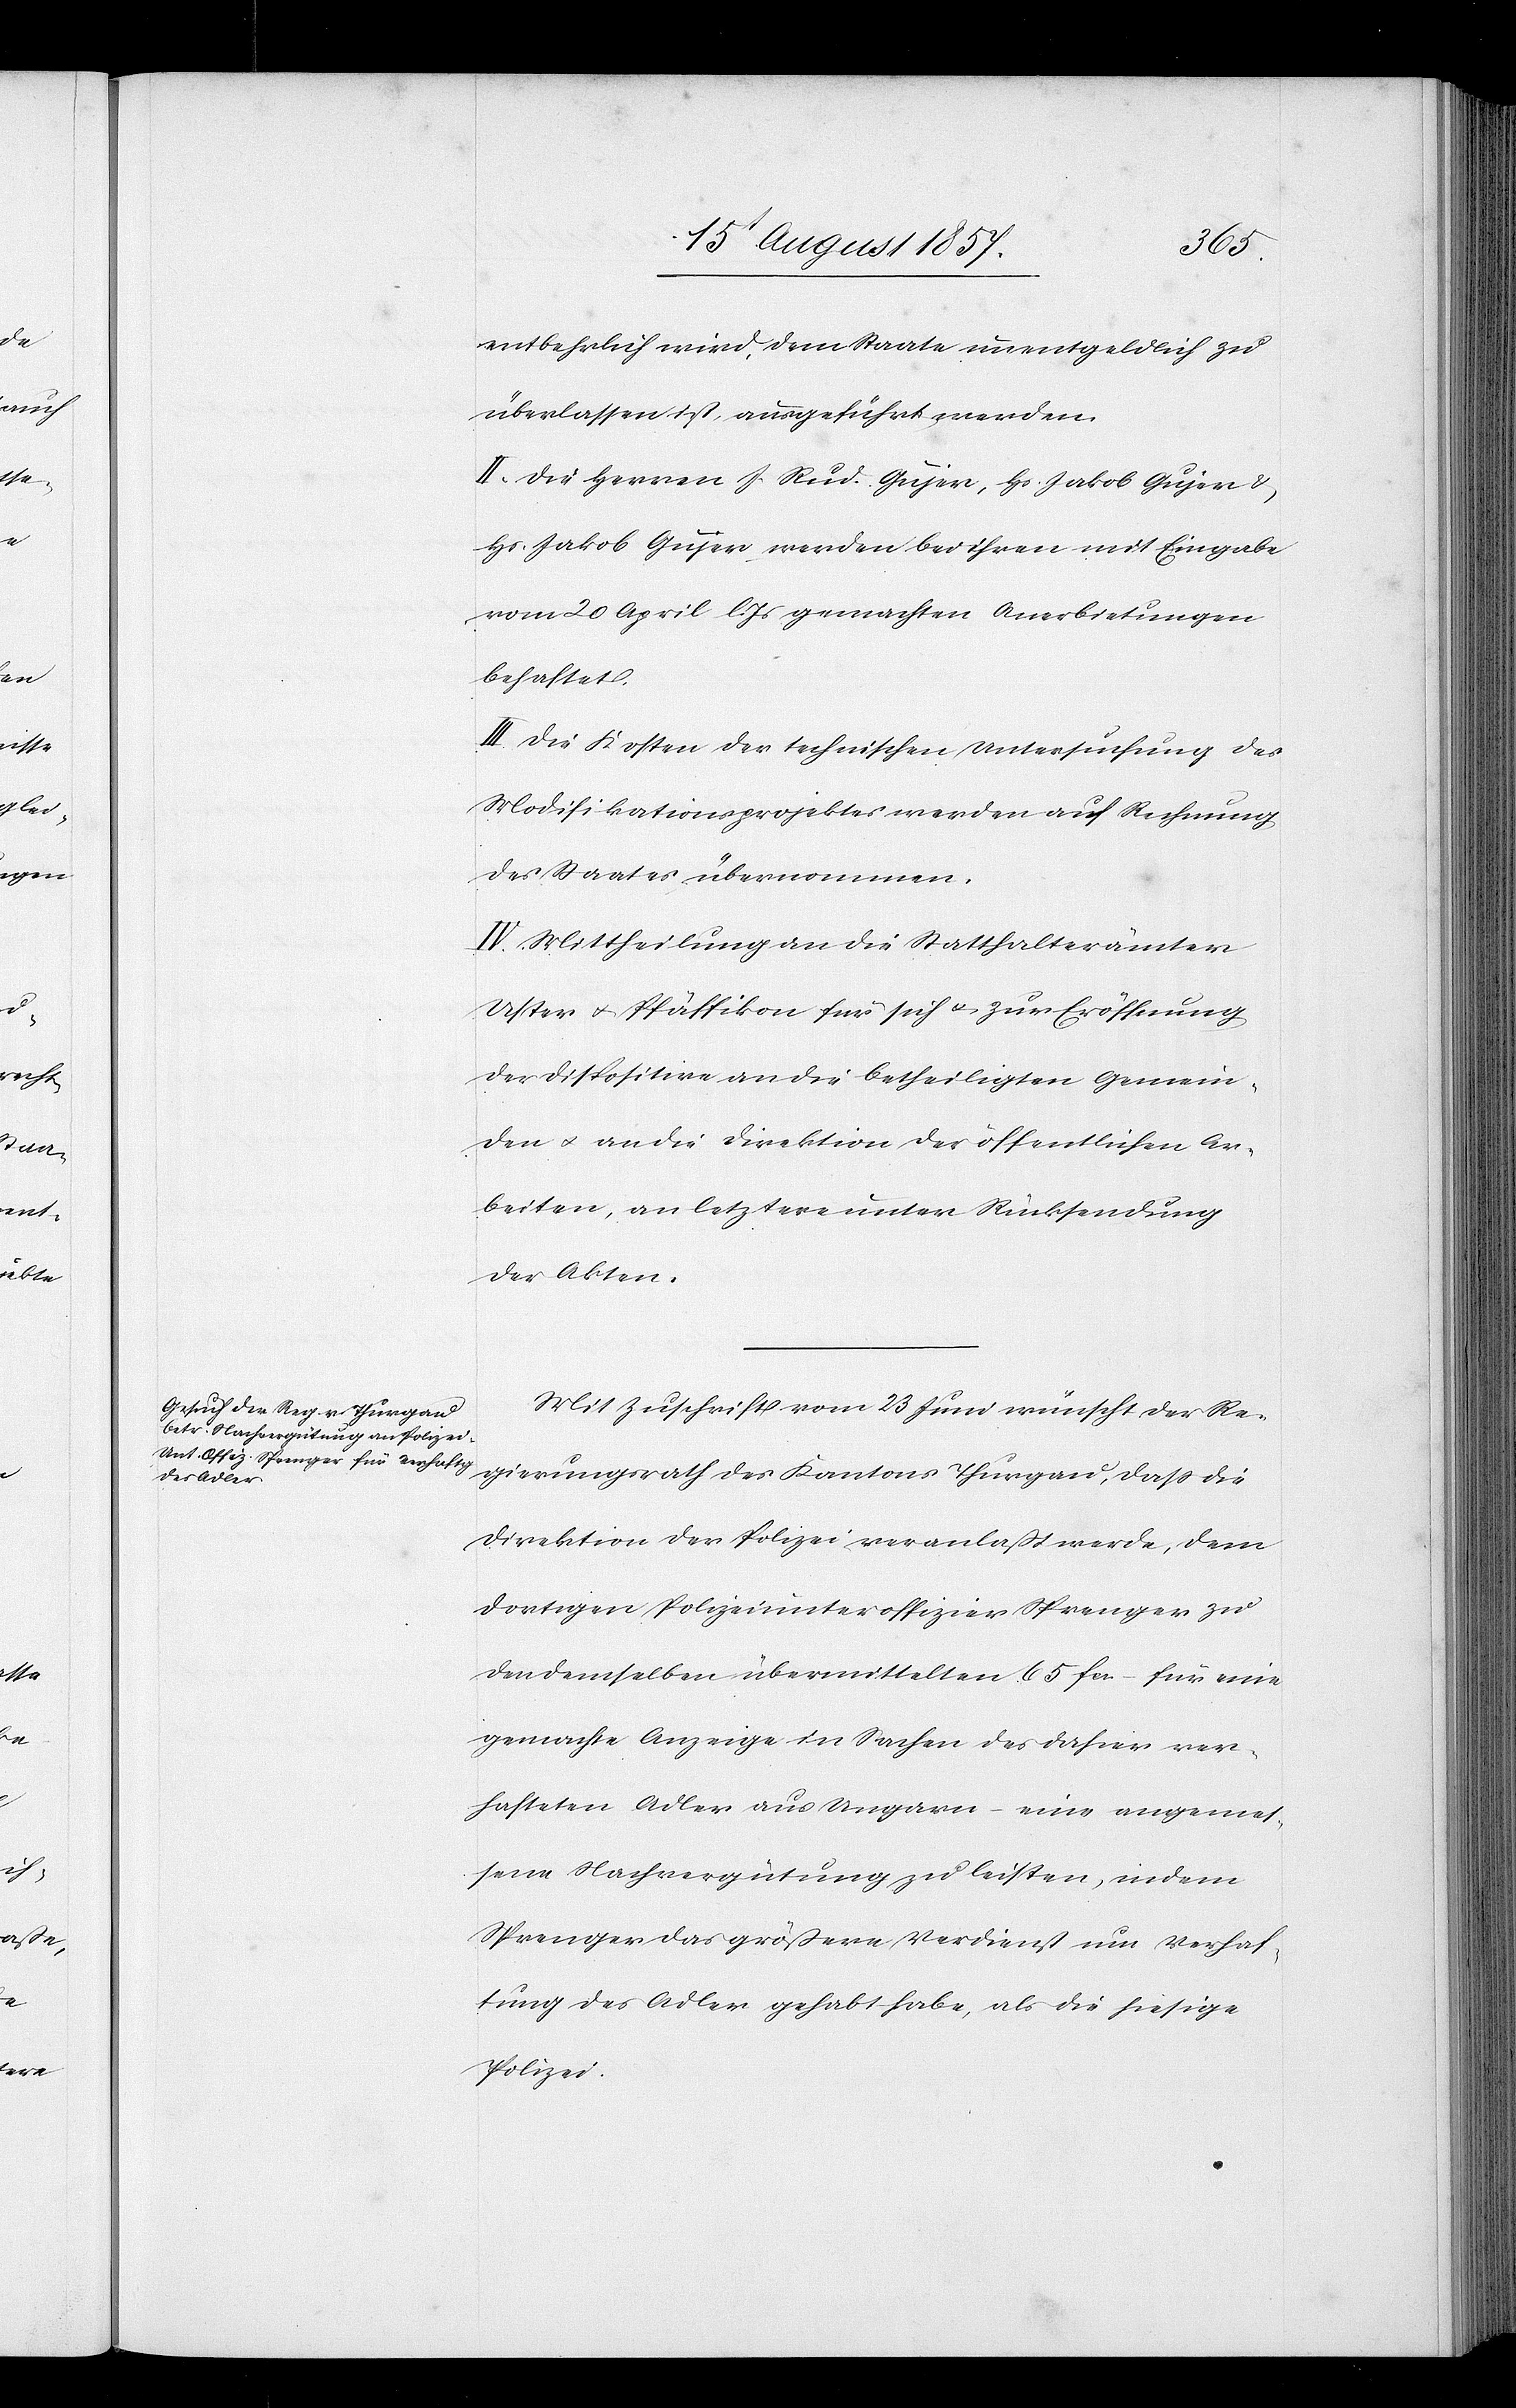
entbehrlich wird, dem Staate unentgeldlich zu
überlassen, ausgeführt werden.
II. Die Herren J. Rud. Gujer, Hs. Jakob Gujer &
Hs. Jakob Gujer, werden bei ihren mit Eingabe
vom 20 April l. Js. gemachten Anerbietungen
behaftet.
III. Die Kosten der technischen Untersuchung des
Modifikationsprojektes werden auf Rechnung
des Staates übernommen.
IV. Mittheilung an die Statthalterämter
Uster & Pfäffikon für sich & zur Eröffnung
der Disposition an die betheiligten Gemein¬
den & an die Direktion der öffentlichen Ar¬
beiten, an letztere unter Rücksendung
der Akten.
Mit Zuschrift vom 23 Juni wünscht der Re¬
gierungsrath des Kantons Thurgau, daß die
Direktion der Polizei veranlaßt werde, dem
dortigen Polizeiunteroffizier Sprenger zu
den demselben übermittelten 65 fcs. – für eine
gemachte Anzeige in Sachen des dahier ver¬
hafteten Adler aus Ungarn – eine angemes¬
sene Nachvergütung zu leisten, in dem
Sprenger das größere Verdienst um Verhaf¬
tung des Adler gehabt habe, als die hiesige
Polizei.